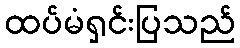
ထပ်မံရှင်းပြသည်